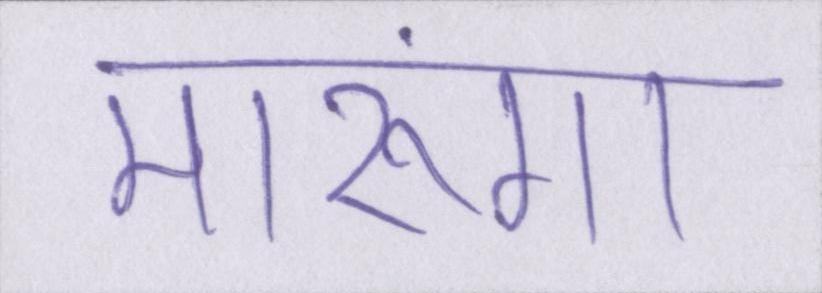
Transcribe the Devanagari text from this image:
मारूंगा